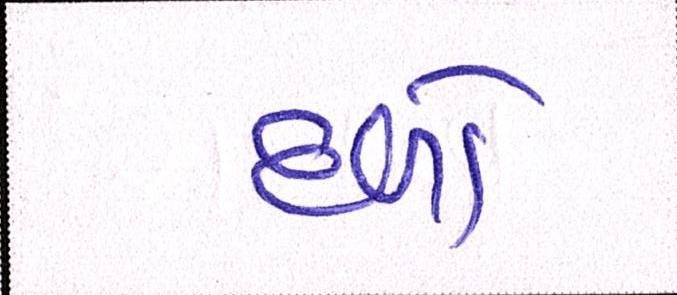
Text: દળો